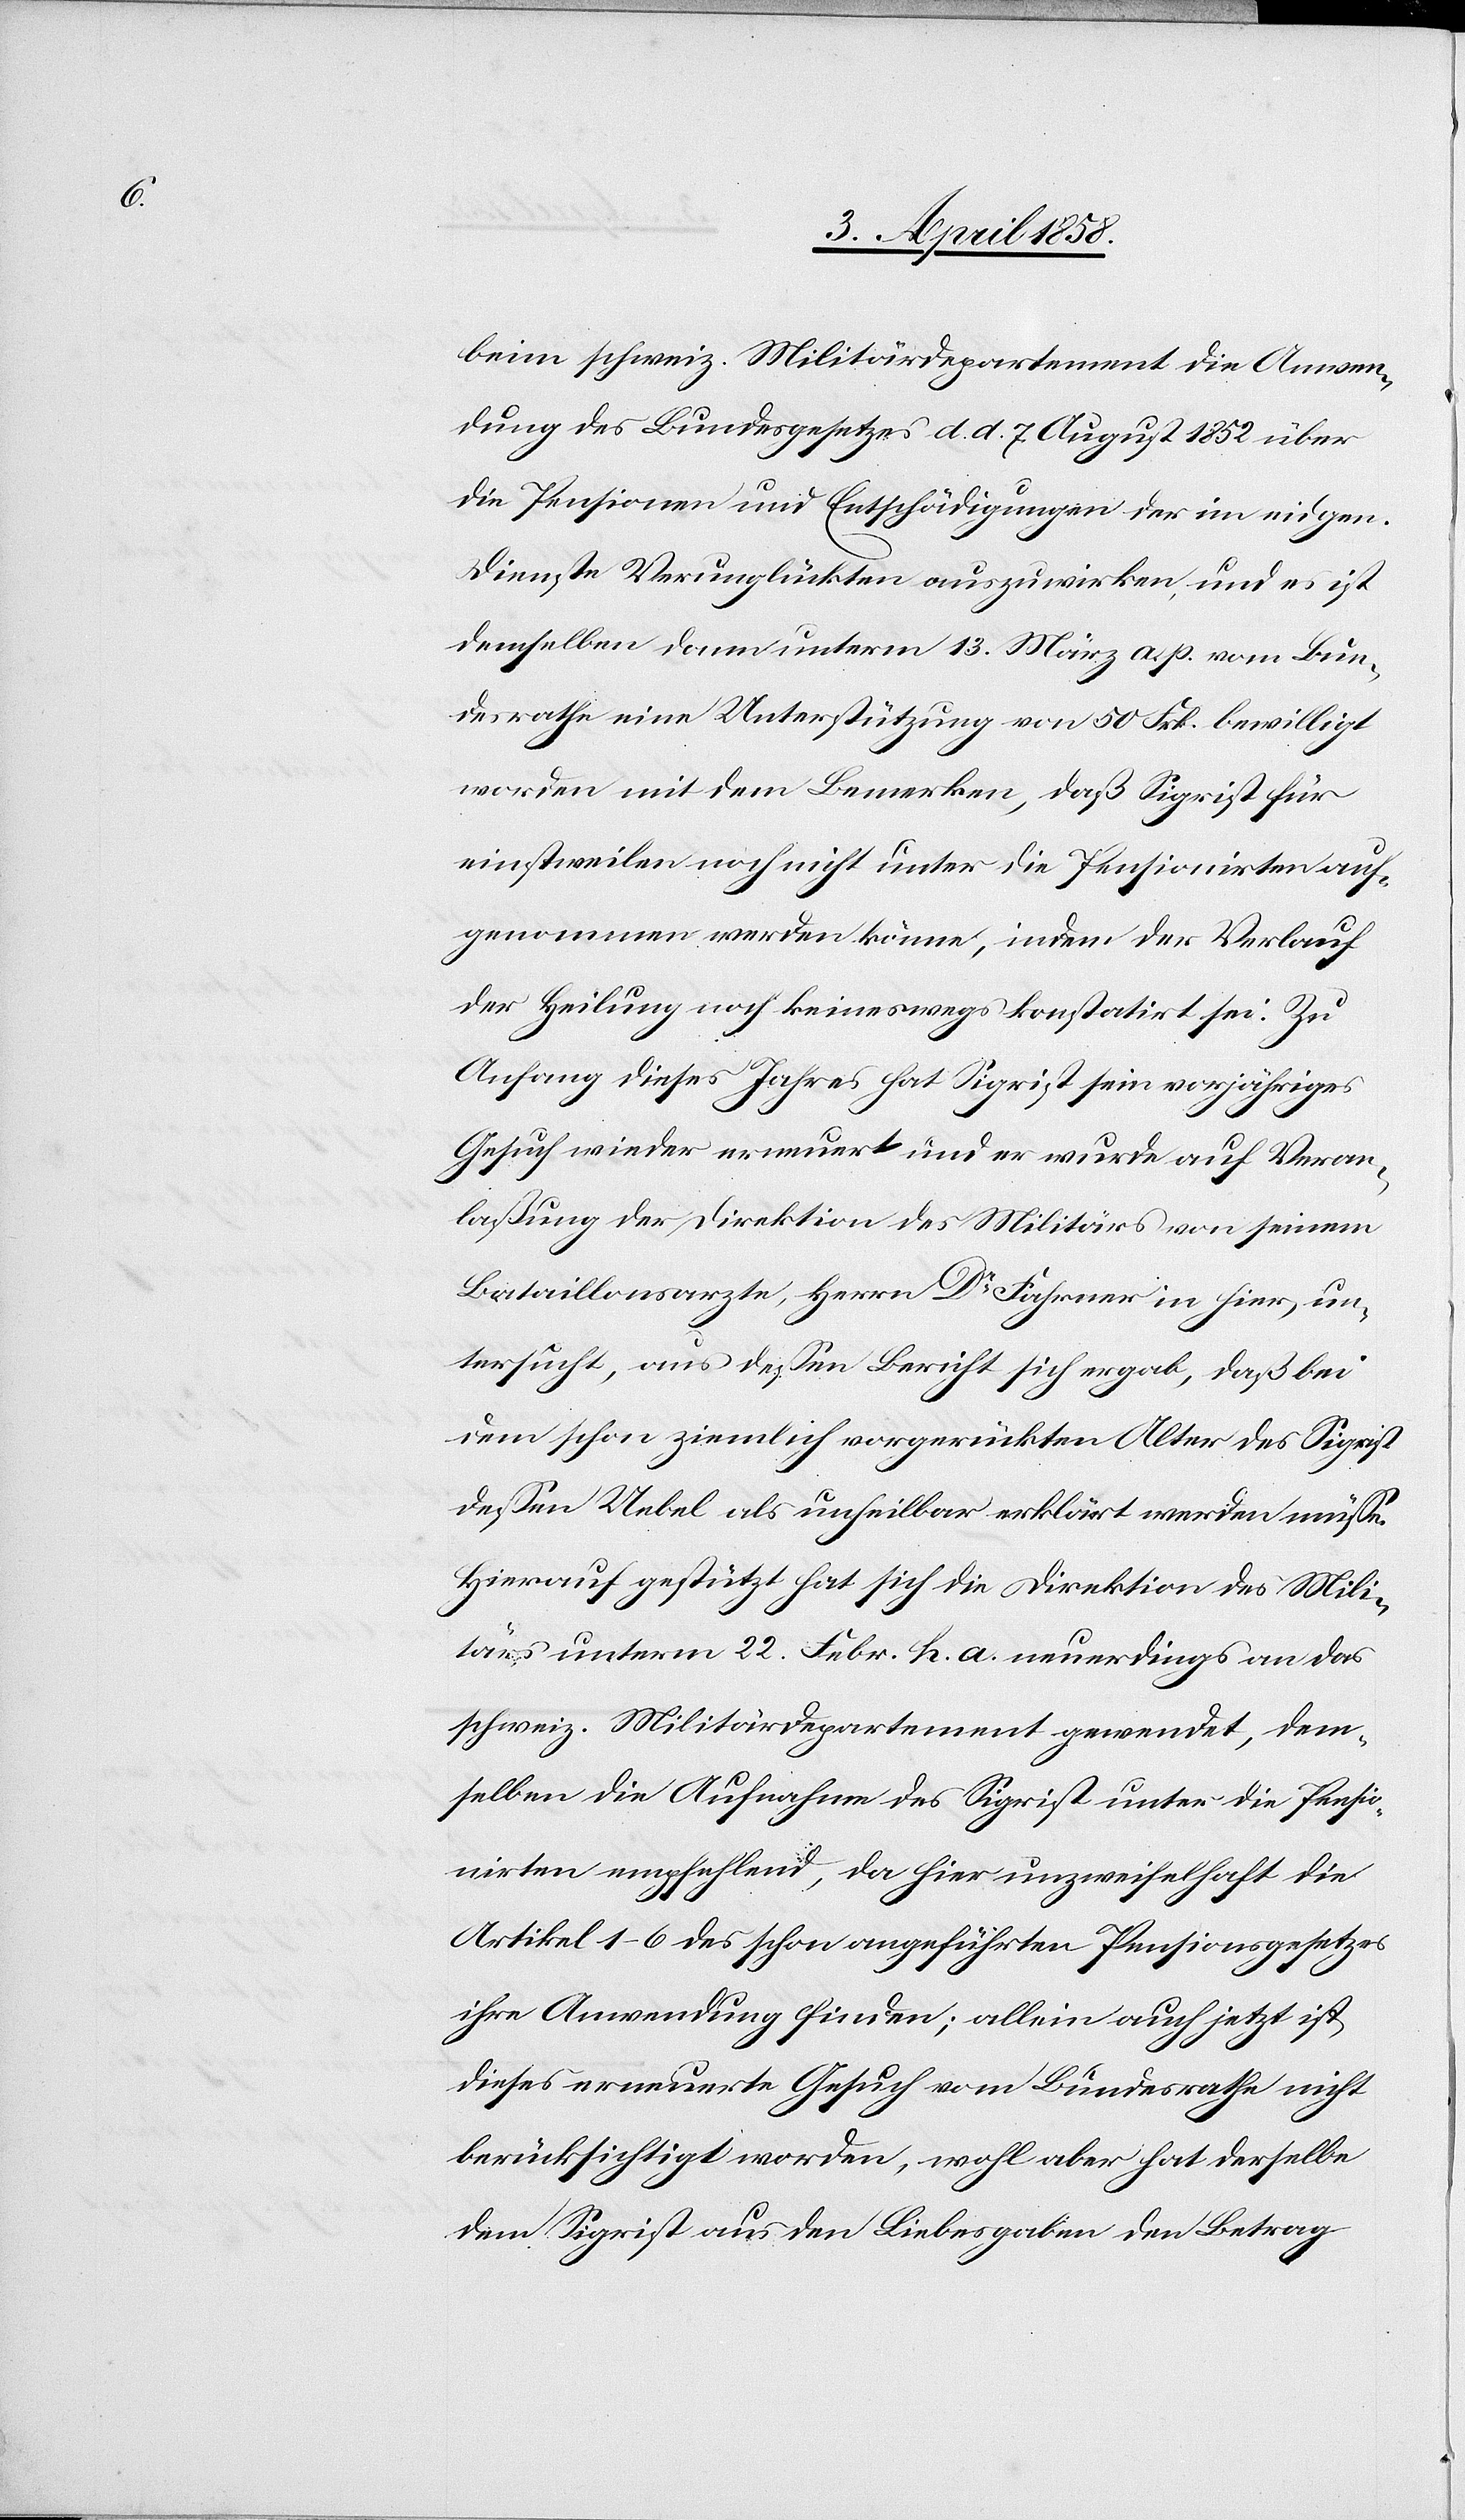
beim schweiz. Militärdepartement die Anwen¬
dung des Bundesgesetzes d. d. 7. August 1852 über
die Pensionen und Entschädigungen der im eidgen.
Dienste Verunglückten auszuwirken, und es ist
demselben dann unterm 13. März a. p. vom Bun¬
desrathe eine Unterstützung von 50 Frk. bewilligt
worden mit dem Bemerken, daß Sigrist für
einstweilen noch nicht unter die Pensionirten auf¬
genommen werde könne, indem der Verlauf
der Heilung noch keineswegs konstatirt sei. Zu
Anfang dieses Jahres hat Sigrist sein vorjähriges
Gesuch wieder erneuert und er wurde auf Veran¬
laßung der Direktion des Militärs von seinem
Bataillonsarzte, Herrn Dr Fahrner in hier, un¬
tersucht, aus dessen Bericht sich ergebe, daß bei
dem schon ziemlich vorgerückten Alter des Sigrist
dessen Uebel als unheilbar erklärt werden müsse.
Hierauf gestützt hat sich die Direktion des Mili¬
tärs unterm 22. Febr. h. a. neuerdings an das
schweiz. Militärdepartement gewendet, dem¬
selben die Aufnahme des Sigrist unter die Pensio¬
nirten empfehlend, da hier unzweifelhaft die
Artikel 1–6 des schon angeführten Pensionsgesetzes
ihre Anwendung finden; allein auch jetzt ist
dieses erneuerte Gesuch vom Bundesrathe nicht
berücksichtigt worden, wohl aber hat derselbe
dem Sigrist aus den Liebesgaben den Betrag